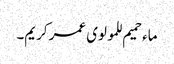
ماء حمیم للمولوی عمر کریم۔